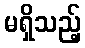
မရှိသည့်